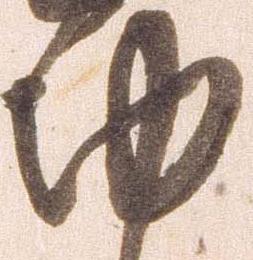
功